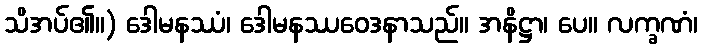
သိအပ်၏။) ဒေါမနဿံ၊ ဒေါမနဿဝေဒနာသည်။ အနိဋ္ဌာ၊ ပေ။ လက္ခဏံ၊